Problem: 9 + 44 = ?
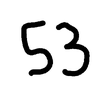
Handwritten answer: 53